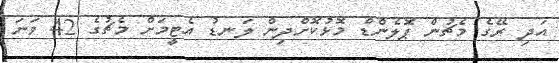
އަދި ރޭގެ މެޗުން ޕޮލެންޑް މޮޅުކޮށްދިން ލަނޑު އެޓީމަށް މެޗުގެ 42 ވަނަ